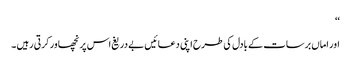
‘‘
اور اماں برسات کے بادل کی طرح اپنی دعائیں بے دریغ اس پر نچھاور کرتی رہیں ۔